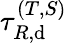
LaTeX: \tau_{R,\mathrm{d}}^{(T,S)}